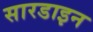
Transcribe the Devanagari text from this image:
सारडाइन